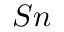
S n